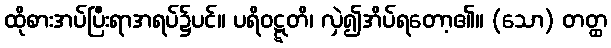
ထိုစားအပ်ပြီးရာအရပ်၌ပင်။ ပရိဝဋ္ဋတိ၊ လှဲ၍အိပ်ရတော့၏။ (သော) တတ္ထ